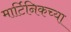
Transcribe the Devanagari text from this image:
मार्टिनिकच्या